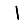
Digit: 1